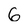
Character: 6